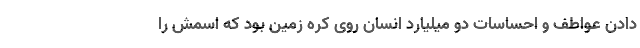
دادن عواطف و احساسات دو میلیارد انسان روی کره زمین بود که اسمش را